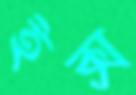
ইক্স